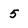
Character: 5